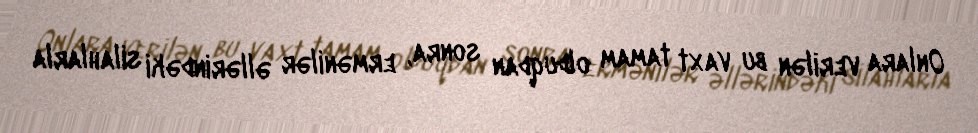
Onlara verilən bu vaxt tamam olduqdan sonra, ermənilər əllərindəki silahlarla